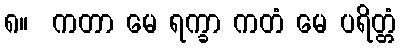
၈။  ကတာ မေ ရက္ခာ ကတံ မေ ပရိတ္တံ